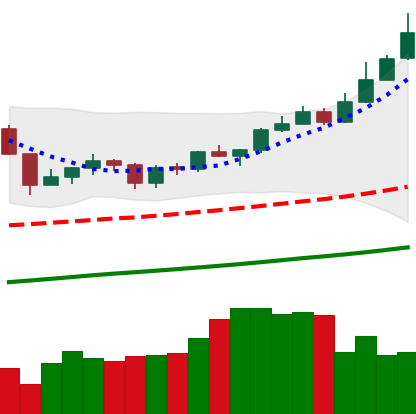
Ticker: XMR-USD
Chart end date: 2019-06-22
Forward return: -17.69%
Label: down_7plus